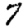
Digit: 7